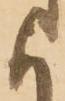
に